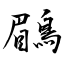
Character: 鶥